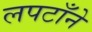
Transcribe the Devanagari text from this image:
लपटाँने